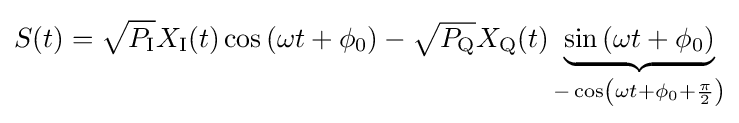
S(t)={\sqrt {P_{\operatorname {I} }}}X_{\operatorname {I} }(t)\cos \left(\omega t+\phi _{0}\right)-{\sqrt {P_{\operatorname {Q} }}}X_{\operatorname {Q} }(t)\underbrace {\sin \left(\omega t+\phi _{0}\right)} _{-\cos \left(\omega t+\phi _{0}+{\frac {\pi }{2}}\right)}